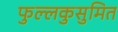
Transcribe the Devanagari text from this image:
फुल्लकुसुमित